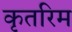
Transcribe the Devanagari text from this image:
कृतरिम